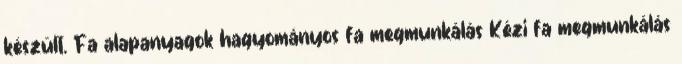
készült. Fa alapanyagok hagyományos fa megmunkálás Kézi fa megmunkálás